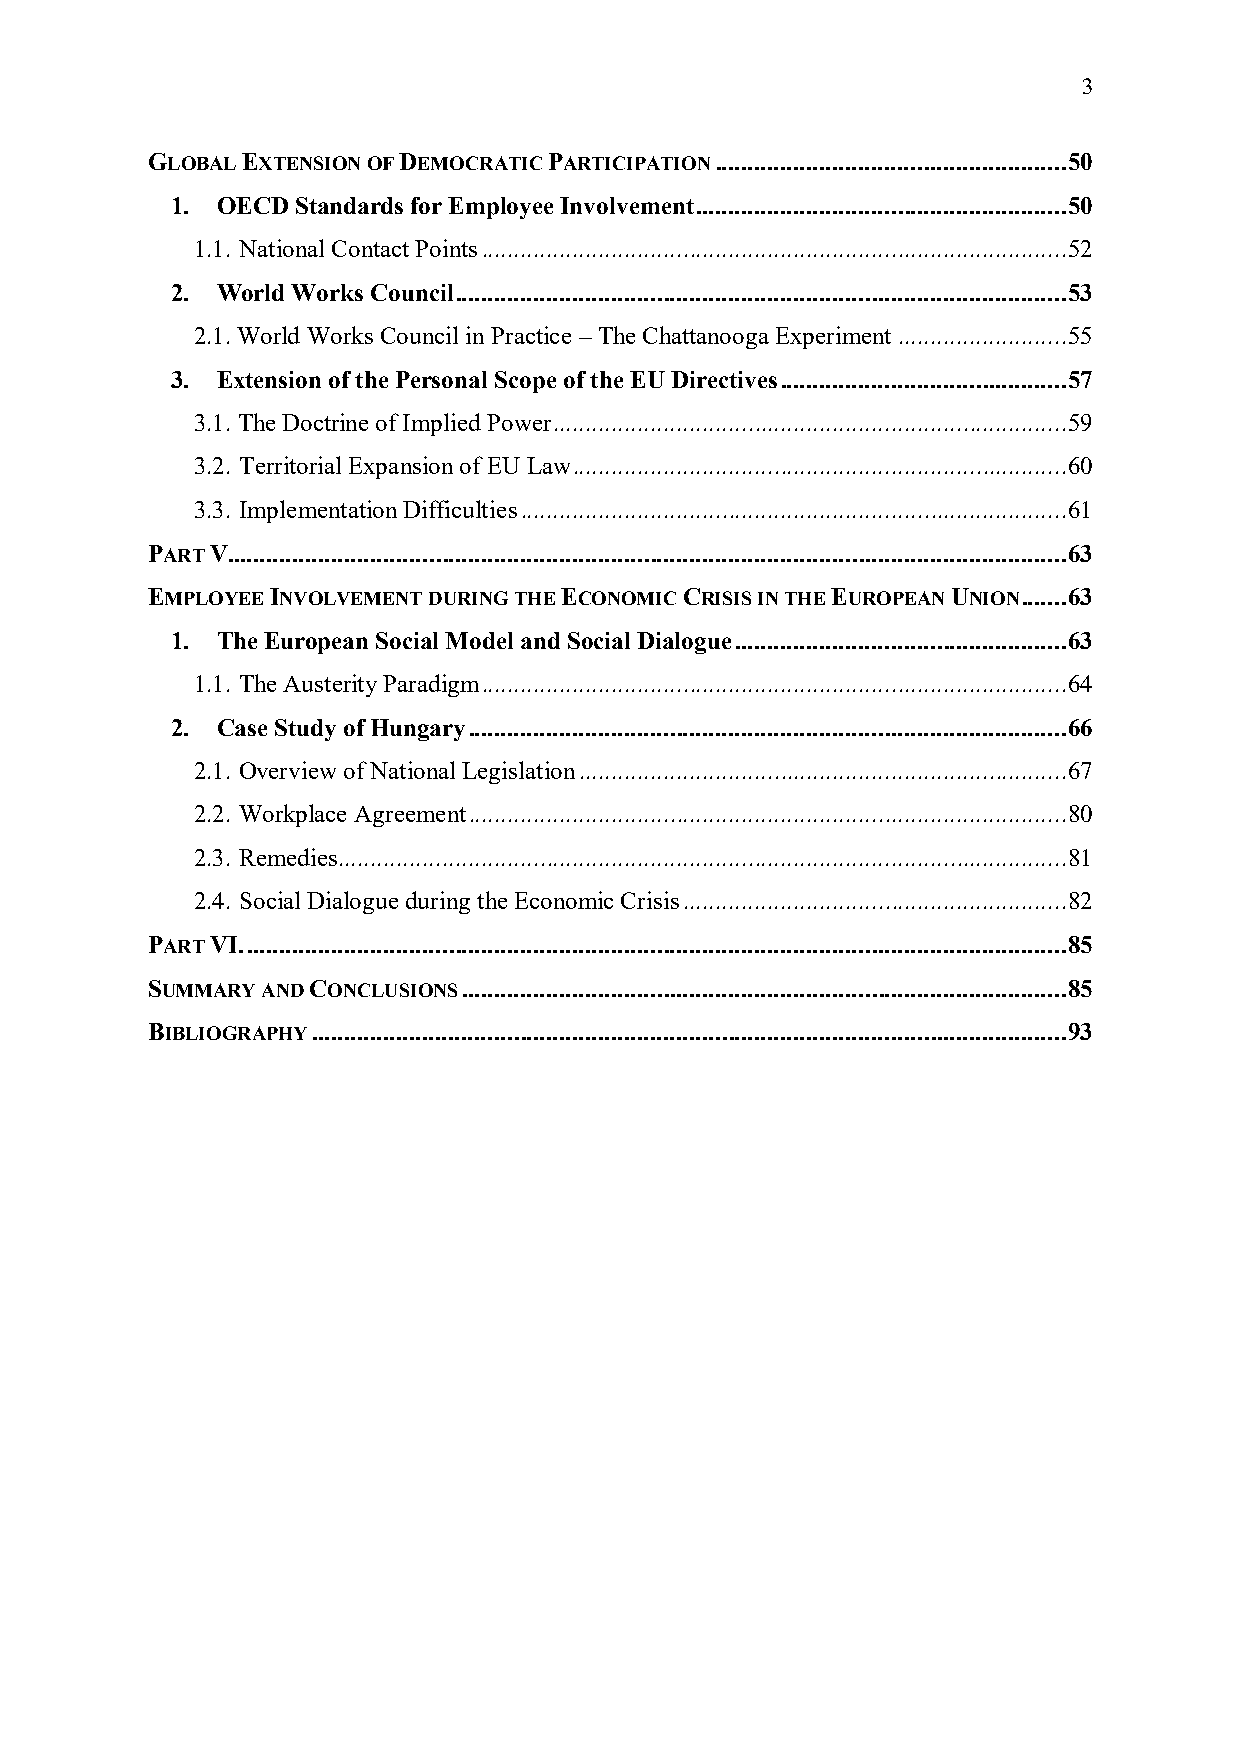
3
 GLOBAL EXTENSION OF DEMOCRATIC PARTICIPATION ...................................................... 50
 1. OECD  Standards for Employee Involvement ......................................................... 50
 1.1. National Contact Points .......................................................................................... 52
 2. World Works Council .............................................................................................. 53
 2.1. World Works Council in Practice – The Chattanooga Experiment .......................... 55
 3. Extension of the Personal Scope of the EU Directives ............................................ 57
 3.1. The Doctrine of Implied Power ............................................................................... 59
 3.2. Territorial Expansion of EU Law ............................................................................ 60
 3.3. Implementation Difficulties .................................................................................... 61
 PART V................................................................................................................................. 63
 EMPLOYEE INVOLVEMENT DURING THE ECONOMIC CRISIS IN THE EUROPEAN UNION ....... 63
 1. The European Social Model and Social Dialogue ................................................... 63
 1.1. The Austerity Paradigm .......................................................................................... 64
 2. Case Study of Hungary ............................................................................................ 66
 2.1. Overview of National Legislation ........................................................................... 67
 2.2. Workplace Agreement ............................................................................................ 80
 2.3. Remedies ................................................................................................................ 81
 2.4. Social Dialogue during the Economic Crisis ........................................................... 82
 PART VI. .............................................................................................................................. 85
 SUMMARY AND CONCLUSIONS ............................................................................................. 85
 BIBLIOGRAPHY .................................................................................................................... 93